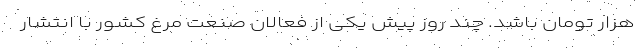
هزار تومان باشد. چند روز پیش یکی از فعالان صنعت مرغ کشور با انتشار